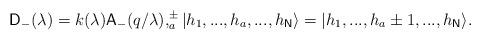
LaTeX: \begin{align*}\mathsf{D}_{-}(\lambda )=k(\lambda )\mathsf{A}_{-}(q/\lambda ),_{a}^{\pm }|h_{1},...,h_{a},...,h_{\mathsf{N}}\rangle =|h_{1},...,h_{a}\pm1,...,h_{\mathsf{N}}\rangle .\end{align*}